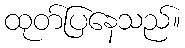
ထုတ်ပြနေသည်။